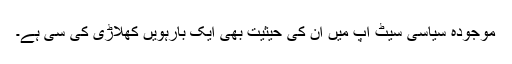
موجودہ سیاسی سیٹ اپ میں ان کی حیثیت بھی ایک بارہویں کھلاڑی کی سی ہے۔